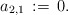
\begin{align*}a_{2,1}\,:=\,0.\end{align*}